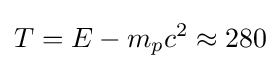
T=E-{m_{p}c^{2}}\approx 280